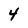
Character: 4